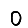
Digit: 0